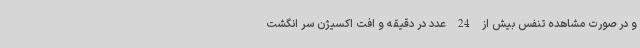
و در صورت مشاهده تنفس بیش از 24 عدد در دقیقه و افت اکسیژن سر انگشت